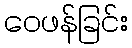
ဝေဖန်ခြင်း